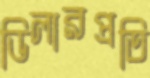
ডিলারপ্রতি